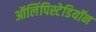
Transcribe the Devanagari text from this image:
ऑलिंपिस्टेडियॉन